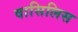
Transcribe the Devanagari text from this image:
वासिलिस